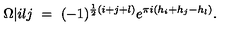
\Omega \vert { i } { l } { j } \ = \ ( - 1 ) ^ { \frac 1 2 ( i + j + l ) } e ^ { \pi i ( h _ { i } + h _ { j } - h _ { l } ) } .